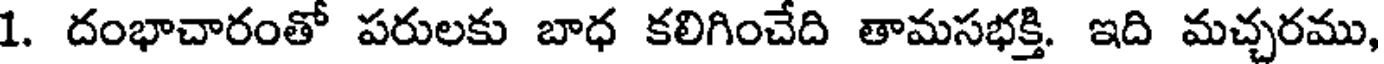
1. దంభాచారంతో పరులకు బాధ కలిగించేది తామసభక్తి. ఇది మచ్చరము,